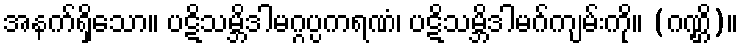
အနက်ရှိသော။ ပဋိသမ္ဘိဒါမဂ္ဂပ္ပကရဏံ၊ ပဋိသမ္ဘိဒါမဂ်ကျမ်းကို။ (ဂဏ္ဌိ)။